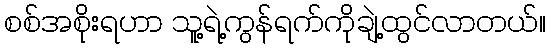
စစ်အစိုးရဟာ သူ့ရဲ့ကွန်ရက်ကိုချဲ့ထွင်လာတယ်။